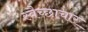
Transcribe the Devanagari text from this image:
स्‍वैच्‍छाचार